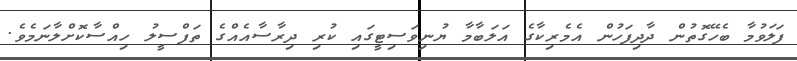
ފަލަވުމާ ބެހޭގޮތުން ދާދިފަހުން އެމެރިކާގެ އަލަބާމާ ޔުނިވަސިޓީގައި ކުރި ދިރާސާއެއްގެ ތަފްސީލު ހިއްސާކޮށްލާނަމެވެ.